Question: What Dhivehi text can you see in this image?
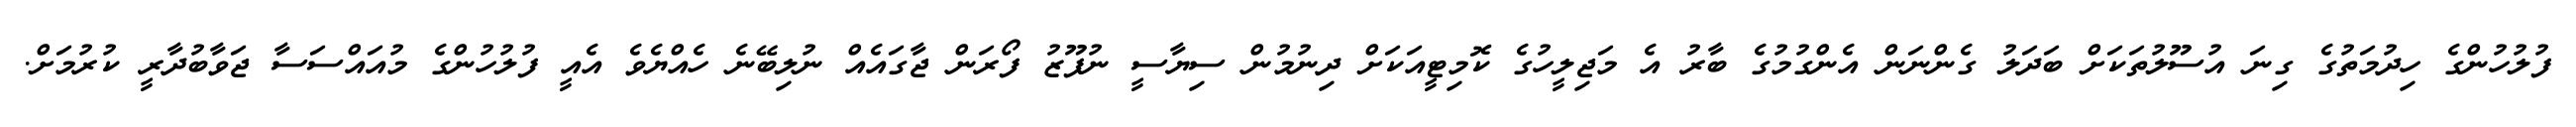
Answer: ފުލުހުންގެ ހިދުމަތުގެ ގިނަ އުސޫލުތަކަށް ބަދަލު ގެންނަން އެންގުމުގެ ބާރު އެ މަޖިލީހުގެ ކޮމިޓީއަކަށް ދިނުމުން ސިޔާސީ ނުފޫޒު ފޯރަން ޖާގައެއް ނުލިބޭނެ ހެއްޔެވެ އެއީ ފުލުހުންގެ މުއައްސަސާ ޖަވާބުދާރީ ކުރުމަށް.